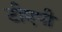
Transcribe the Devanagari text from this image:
टीएपी